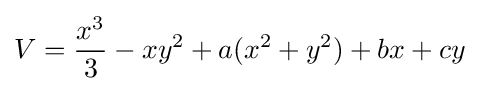
V={\frac {x^{3}}{3}}-xy^{2}+a(x^{2}+y^{2})+bx+cy